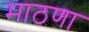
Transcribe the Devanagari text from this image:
माठणा